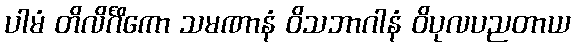
ပါမံ တိလိင်္ဂိကော သမဏာနံ ဝိသဘာဂါနံ ဝိပုလပညတာယ